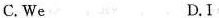
C. We D.I